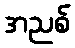
အညစ်